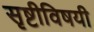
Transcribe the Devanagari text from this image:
सृष्टीविषयी